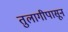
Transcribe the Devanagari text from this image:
तुलागीपासून